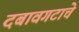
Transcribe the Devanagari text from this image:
दबावगटाचे